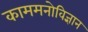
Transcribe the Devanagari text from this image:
काममनोविज्ञान